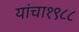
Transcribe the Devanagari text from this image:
यांचा१९८८